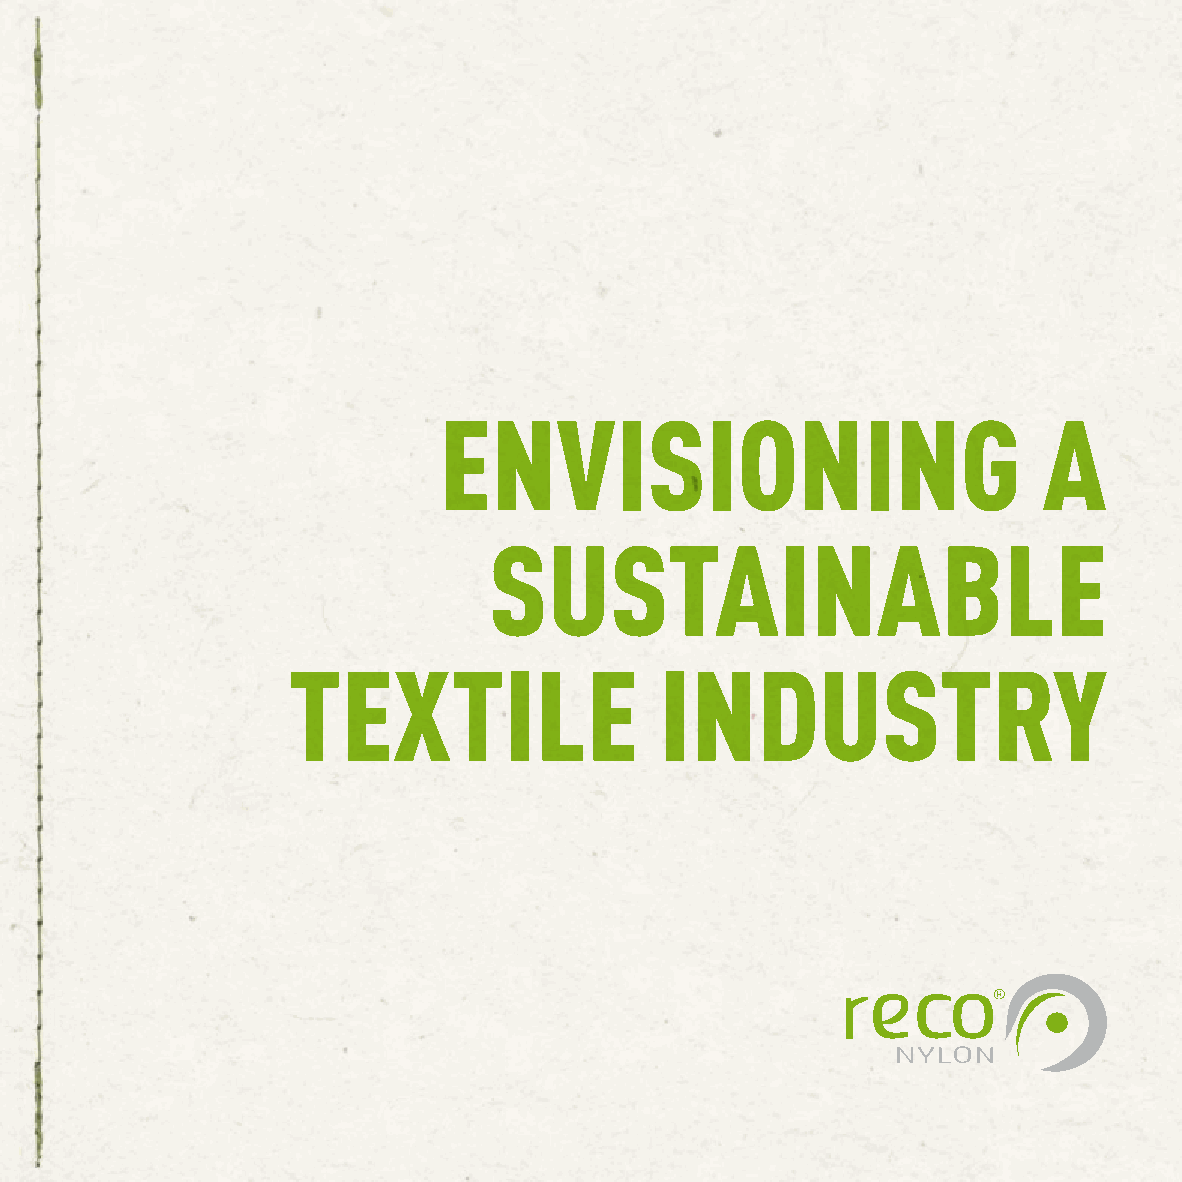
ENVISIONING                             A
 SUSTAINABLE
 TEXTILE                  INDUSTRY